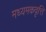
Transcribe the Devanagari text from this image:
मध्यमकवृत्ति